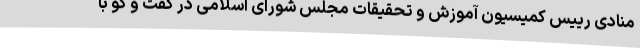
منادی رییس کمیسیون آموزش و تحقیقات مجلس شورای اسلامی در گفت و گو با